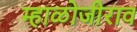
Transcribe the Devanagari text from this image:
म्हाळोजीराव